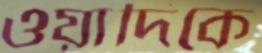
ওয়াদিকে